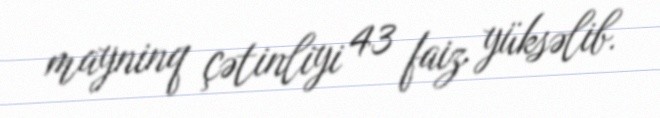
mayninq çətinliyi 43 faiz yüksəlib.